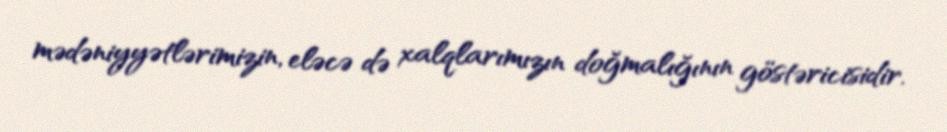
mədəniyyətlərimizin, eləcə də xalqlarımızın doğmalığının göstəricisidir.